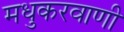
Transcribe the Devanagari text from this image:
मधुकरवाणी